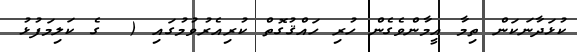
ކުޅަދާނަކަން ތިމާ އީމާންވެގެން ހުރި ހައްޤުގޮތް ކުރިއެރުވުމުގައި (  ގެ ކަލިމަފުޅު